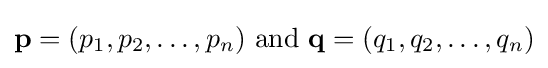
\mathbf {p} =(p_{1},p_{2},\dots ,p_{n}){\text{ and }}\mathbf {q} =(q_{1},q_{2},\dots ,q_{n})